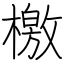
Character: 檄